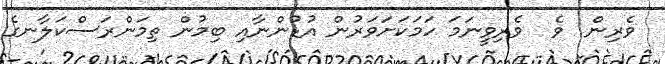
ވެރިން  ވެ  ވެރިވީނަމަ ހަމަކަށަވަރުން އުޑުންނާއި ބިމުން ތިމަންރަސްކަލާނގެ